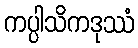
ကပ္ပါသိကဒုဿံ